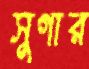
সুগার